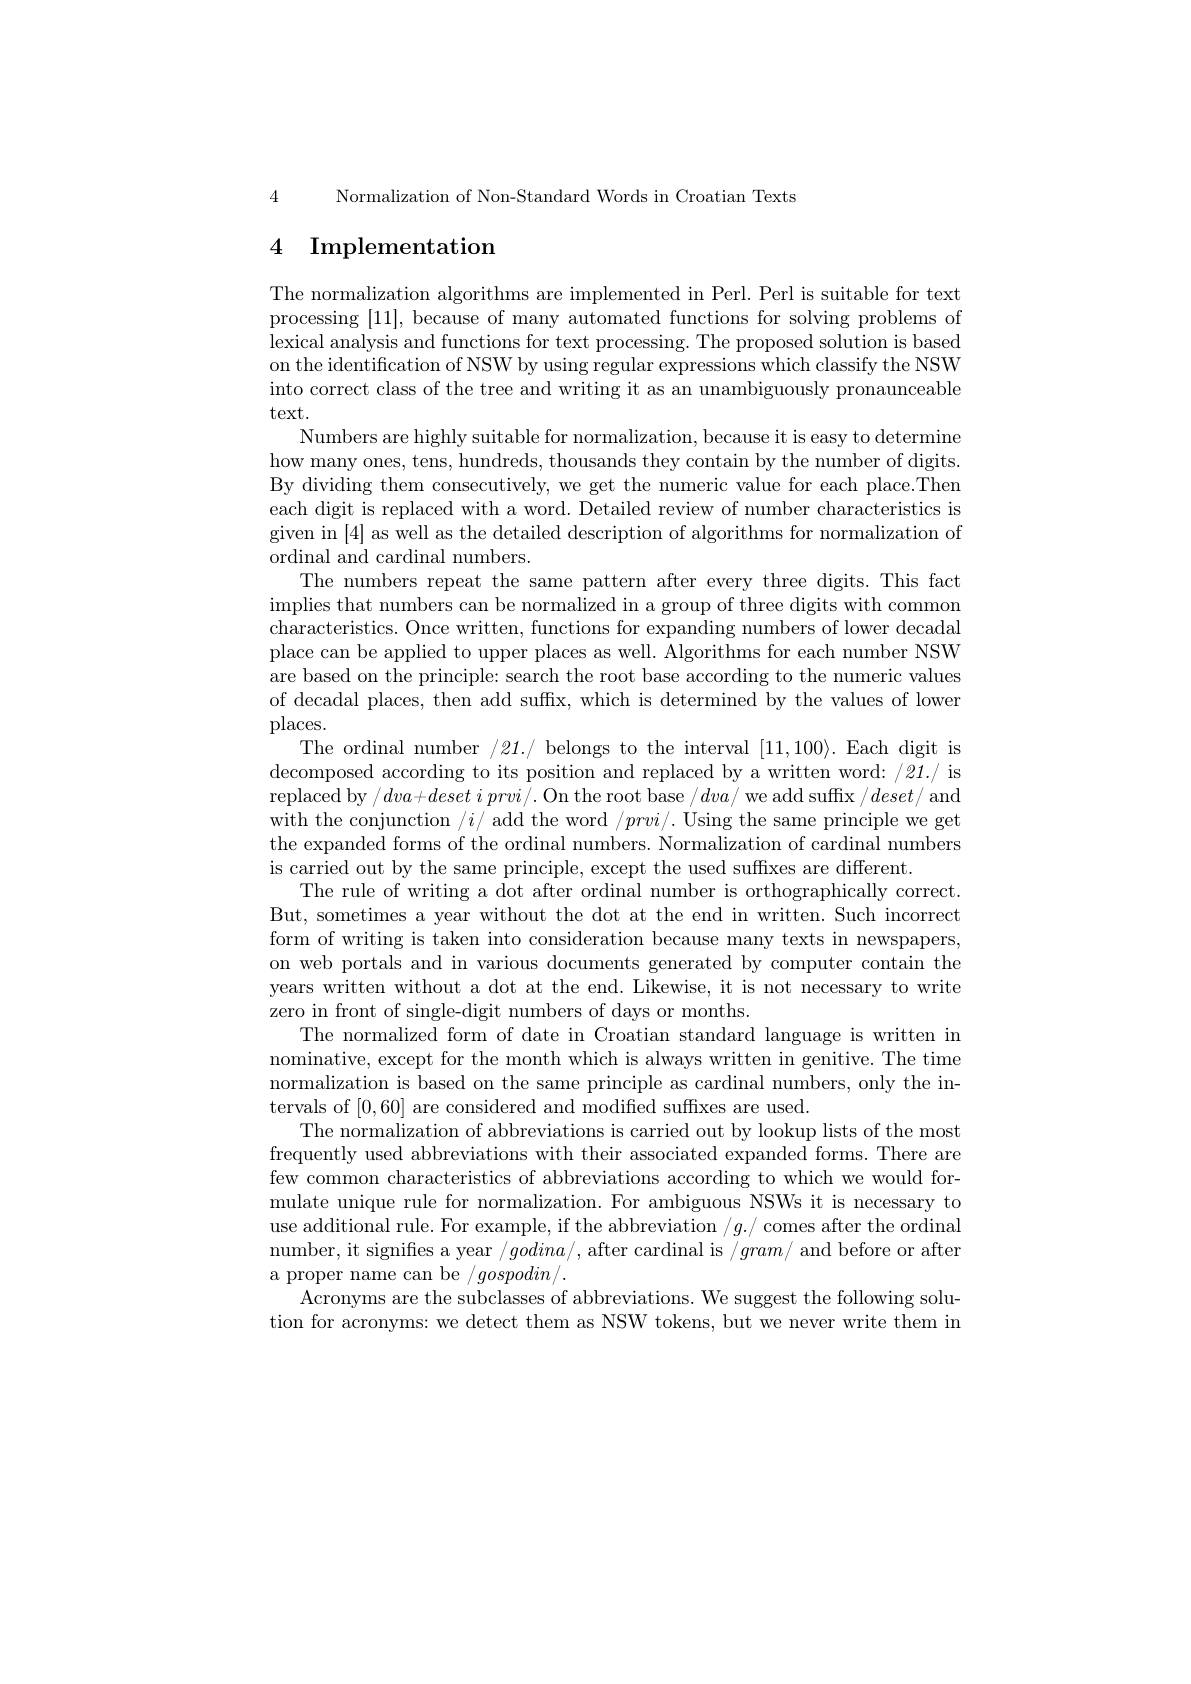
4 Normalization of Non-Standard Words in Croatian Texts

# 4 Implementation

The normalization algorithms are implemented in Perl. Perl is suitable for text processing [11], because of many automated functions for solving problems of lexical analysis and functions for text processing. The proposed solution is based on the identification of NSW by using regular expressions which classify the NSW into correct class of the tree and writing it as an unambiguously pronaunceable text.
Numbers are highly suitable for normalization, because it is easy to determine how many ones, tens, hundreds, thousands they contain by the number of digits By dividing them consecutively, we get the numeric value for each place.Then each digit is replaced with a word. Detailed review of number characteristics is given in [4] as well as the detailed description of algorithms for normalization of ordinal and cardinal numbers.
The numbers repeat the same pattern after every three digits. This fact implies that numbers can be normalized in a group of three digits with common characteristics. Once written, functions for expanding numbers of lower decadal place can be applied to upper places as well. Algorithms for each number NSW are based on the principle: search the root base according to the numeric values of decadal places, then add suffx, which is determined by the values of lower places.
The ordinal number /21./ belongs to the interval $[11,100\rangle.$ Each digit is decomposed according to its position and replaced by a written word: /21./ is replaced by $/ dva+ deseti\textit{prvi}/ .$ On the root base $/dva/$ we add suffix $/deset/$ and with the conjunction /$i/$ add the word /prvi/. Using the same principle we get the expanded forms of the ordinal numbers. Normalization of cardinal numbers is carried out by the same principle, except the used suffixes are different.
The rule of writing a dot after ordinal number is orthographically correct But, sometimes a year without the dot at the end in written. Such incorrect form of writing is taken into consideration because many texts in newspapers, on web portals and in various documents generated by computer contain the years written without a dot at the end. Likewise, it is not necessary to write zero in front of single-digit numbers of days or months.
The normalized form of date in Croatian standard language is written in nominative, except for the month which is always written in genitive. The time normalization is based on the same principle as cardinal numbers, only the intervals of [0,60] are considered and modified suffixes are used
The normalization of abbreviations is carried out by lookup lists of the most frequently used abbreviations with their associated expanded forms. There are few common characteristics of abbreviations according to which we would formulate unique rule for normalization. For ambiguous NSWs it is necessary to use additional rule. For example, if the abbreviation /$g./$ comes after the ordinal number, it signifes a year $/godina/$, after cardinal is $/gram/$ and before or after a proper name can be / $gospodin/.$
Acronyms are the subclasses of abbreviations. We suggest the following solution for acronyms: we detect them as NSW tokens, but we never write them in